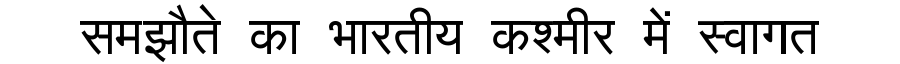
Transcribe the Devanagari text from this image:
समझौते का भारतीय कश्मीर में स्वागत